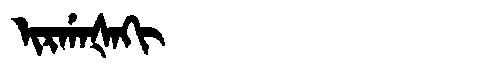
Manchu: ᡳᡵᡤᠠᡧᠠᡴᡳ
Romanization: IRGAŠAKI